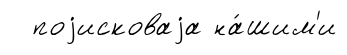
поjисковаjа на́шим'и